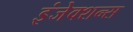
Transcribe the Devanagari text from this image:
इंजेक्शन्स